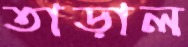
তাড়াল